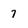
Character: 7